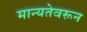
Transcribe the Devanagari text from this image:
मान्यतेवरून